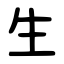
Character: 生